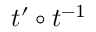
t ^ { \prime } \circ t ^ { - 1 }